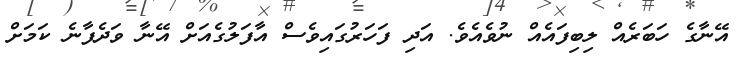
އޭނާގެ ހަބަރެއް ލިބިފައެއް ނުވެއެވެ. އަދި ފަހަރުގައިވެސް އާފަލުގެއަށް އޭނާ ވަދެފާނެ ކަމަށް